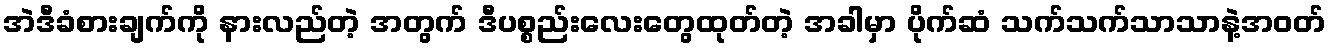
အဲဒီခံစားချက်ကို နားလည်တဲ့ အတွက် ဒီပစ္စည်းလေးတွေထုတ်တဲ့ အခါမှာ ပိုက်ဆံ သက်သက်သာသာနဲ့အဝတ်